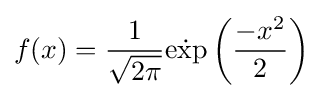
f(x)={\frac {1}{\sqrt {2\pi }}}{\dot {\exp }}\left({\frac {-x^{2}}{2}}\right)